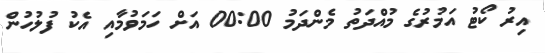
އިރު ކޯޓު އަމުރުގެ މުއްދަތު މެންދަމު 00:00 އަށް ހަމަވުމާއި އެކު ފުލުހުން